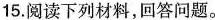
15.阅读下列材料，回答问题。